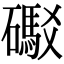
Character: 礟